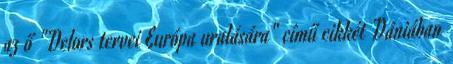
az ő "Delors tervei Európa uralására" című cikkét Dániában